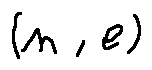
( n , e )